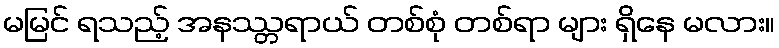
မမြင် ရသည့် အနဿ္တရာယ် တစ်စုံ တစ်ရာ များ ရှိနေ မလား။